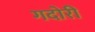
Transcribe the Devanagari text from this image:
गदोरी